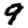
Digit: 9